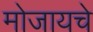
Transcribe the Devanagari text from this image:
मोजायचे